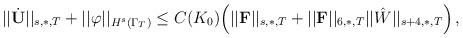
LaTeX: \begin{align*}||\dot{{\mathbf U}}||_{s,\ast,T}+||\varphi||_{H^s(\Gamma_T)}\leq C(K_0)\Big(||\mathbf{F}||_{s,\ast,T}+||\mathbf{F}||_{6,\ast,T}||\hat{W}||_{s+4,\ast,T}\Big)\,,\end{align*}